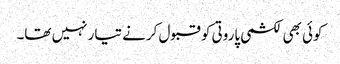
کوئی بھی لکشمی پاروتی کو قبول کرنے تیار نہیں تھا۔